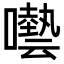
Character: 𡂞